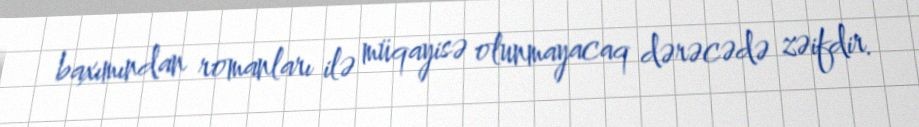
baxımından romanları ilə müqayisə olunmayacaq dərəcədə zəifdir.